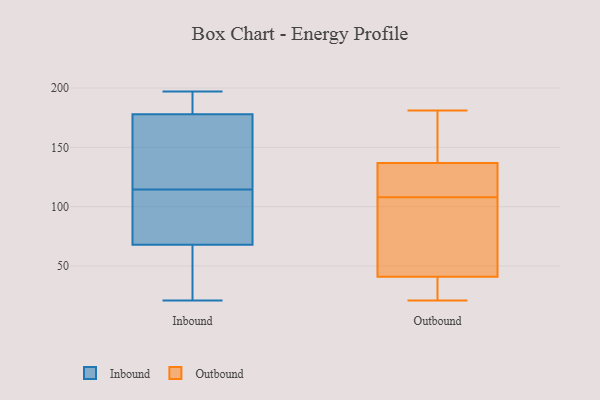
{"axis": {"x": "Bounce Rate (%)", "y": "Value"}, "legend": ["Inbound", "Outbound"], "data": [{"x": "", "y": 136, "type": "Inbound"}, {"x": "", "y": 68, "type": "Inbound"}, {"x": "", "y": 125, "type": "Inbound"}, {"x": "", "y": 104, "type": "Inbound"}, {"x": "", "y": 183, "type": "Inbound"}, {"x": "", "y": 197, "type": "Inbound"}, {"x": "", "y": 178, "type": "Inbound"}, {"x": "", "y": 77, "type": "Inbound"}, {"x": "", "y": 36, "type": "Inbound"}, {"x": "", "y": 21, "type": "Inbound"}, {"x": "", "y": 148, "type": "Outbound"}, {"x": "", "y": 126, "type": "Outbound"}, {"x": "", "y": 108, "type": "Outbound"}, {"x": "", "y": 86, "type": "Outbound"}, {"x": "", "y": 181, "type": "Outbound"}, {"x": "", "y": 21, "type": "Outbound"}, {"x": "", "y": 126, "type": "Outbound"}, {"x": "", "y": 47, "type": "Outbound"}, {"x": "", "y": 23, "type": "Outbound"}, {"x": "", "y": 22, "type": "Outbound"}, {"x": "", "y": 133, "type": "Outbound"}, {"x": "", "y": 156, "type": "Outbound"}, {"x": "", "y": 81, "type": "Outbound"}]}